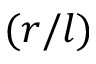
( r / l )